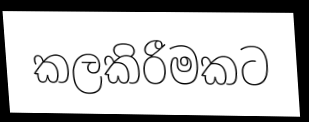
කලකිරීමකට